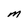
Character: M